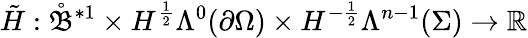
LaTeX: \tilde{H}:\mathring{\mathfrak{B}}^{\ast 1}\times H^{\frac{1}{2}}\Lambda^{0}(\partial\Omega)\times H^{-\frac{1}{2}}\Lambda^{n-1}(\Sigma)\to\mathbb{R}